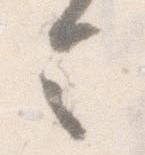
令